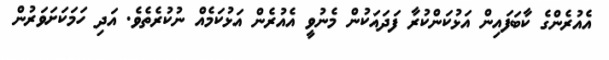
އެއުރެންގެ ކާބަފައިން އަޅުކަންކުރާ ފަދައަކުން މެނުވީ އެއުރެން އަޅުކަމެއް ނުކުރެތެވެ. އަދި ހަމަކަށަވަރުން